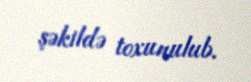
şəkildə toxunulub.